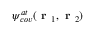
\psi _ { c o v } ^ { a t } ( \textbf { r } _ { 1 } , \textbf { r } _ { 2 } )